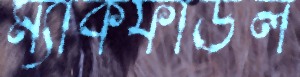
ম্যাকফাউল